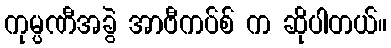
ကုမ္ပဏီအခွဲ အာဗီကပ်စ် က ဆိုပါတယ်။